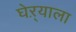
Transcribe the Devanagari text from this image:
घेऱ्याला